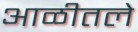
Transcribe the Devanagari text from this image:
आळीतले